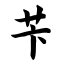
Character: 苄